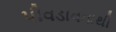
પીવડાવવાથી